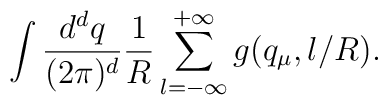
\int \frac{d^{d }q}{{(2\pi)^{d}}}\frac{1}{R}\sum_{l=-\infty}^{+\infty}g(q_\mu,l/R).